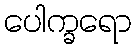
ပေါက္ခရော